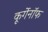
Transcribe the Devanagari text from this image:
कूर्गेनॉफ